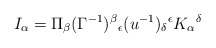
\begin{align*}I_{\alpha }=\Pi _{\beta }(\Gamma ^{-1})^{\beta }\hspace{0.1 mm}_{\epsilon}(u^{-1})_\delta\hspace{0.1 mm}^\epsilon K_{\alpha }\hspace{0.1 mm}^{\delta }\end{align*}